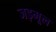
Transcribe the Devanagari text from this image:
जड़मूल